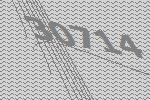
30714